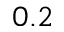
0 . 2